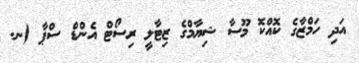
އަދި ހަމްޒާގެ ކޮއްކޮ މޫސާ ޝިޔާމްގެ ޒިޓާލީ ރިސޯޓް އެންޑް ސްޕާ (ނ.